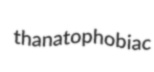
thanatophobiac